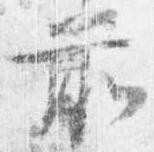
前